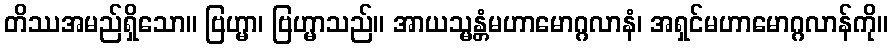
တိဿအမည်ရှိသော။ ဗြဟ္မာ၊ ဗြဟ္မာသည်။ အာယသ္မန္တံမဟာမောဂ္ဂလာနံ၊ အရှင်မဟာမောဂ္ဂလာန်ကို။